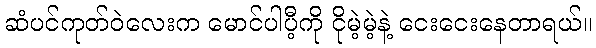
ဆံပင်ကုတ်ဝဲလေးက မောင်ပါပီ့ကို ငိုမဲ့မဲ့နဲ့ ငေးငေးနေတာရယ်။